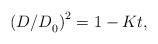
\begin{align*}{\left( {{{{D \mathord{\left/{\vphantom {D D}} \right.\kern-\nulldelimiterspace} D}}_0}} \right)^2} = 1 - Kt,\end{align*}